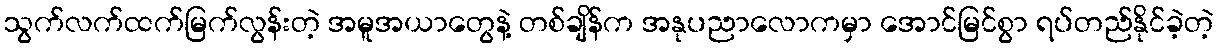
သွက်လက်ထက်မြက်လွန်းတဲ့ အမူအယာတွေနဲ့ တစ်ချိန်က အနုပညာလောကမှာ အောင်မြင်စွာ ရပ်တည်နိုင်ခဲ့တဲ့